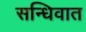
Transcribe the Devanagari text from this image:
सन्धिवात